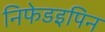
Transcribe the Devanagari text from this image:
निफेडइपिन